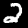
Digit: 2